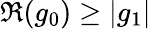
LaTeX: \Re(g_{0})\geq|g_{1}|